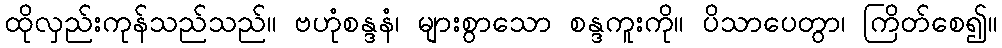
ထိုလှည်းကုန်သည်သည်။ ဗဟုံစန္ဒနံ၊ များစွာသော စန္ဒကူးကို။ ပိသာပေတွာ၊ ကြိတ်စေ၍။